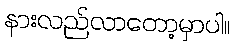
နားလည်လာတော့မှာပါ။